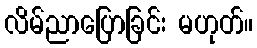
လိမ်ညာပြောခြင်း မဟုတ်။